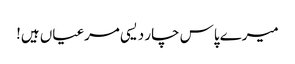
میرے پاس چار دیسی مرغیاں ہیں!